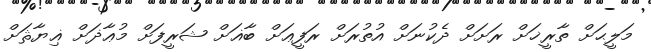
މަލީޙަށް ތާރީޚަށް ރަށަށް ދެކުނަށް އުތުރަށް ރަފީޢަށް ބާޣަށް ޝަރީފަށް މުޢާޛަށް ޣިޔާޘަށް